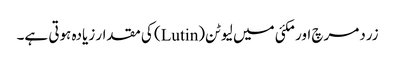
زردمرچ اور مکئی میں لیوٹن(Lutin) کی مقدار زیادہ ہوتی ہے۔